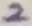
Text: 2